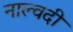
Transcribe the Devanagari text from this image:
नाल्वदी